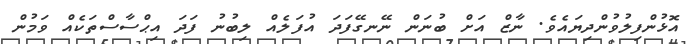
އޮޅުންފިލުވުންދިޔައެވެ. ނާޒް އަށް ބުނަން ނޭނގޭފަދަ އުފަލެއް ލިބުނު ފަދަ އިޙްސާސްތަކެއް ވަމުން